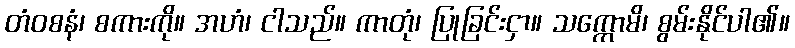
တံဝစနံ၊ စကားကို။ အဟံ၊ ငါသည်။ ကာတုံ၊ ပြုခြင်းငှာ။ သက္ကောမိ၊ စွမ်းနိုင်ပါ၏။